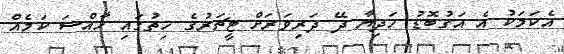
އެކަމަކު އެ އަގުބޮޑު ހަދިޔާ ދޭ ދަރިވަރަށް ޓީޗަރުގެ ހިތުގައި ހާއްސަ ކަމެއް